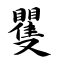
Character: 矍